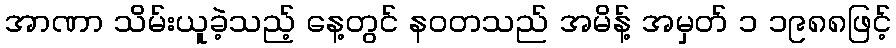
အာဏာ သိမ်းယူခဲ့သည့် နေ့တွင် နဝတသည် အမိန့် အမှတ် ၁ ၁၉၈၈ဖြင့်